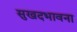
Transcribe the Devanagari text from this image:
सुखदभावना